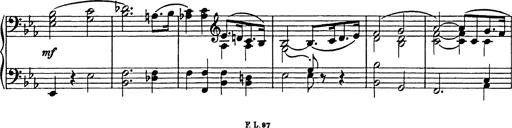
Title: Festmarsch zur SÃ¤cularfeier von Goethes Geburtstag
Composer: Franz Liszt